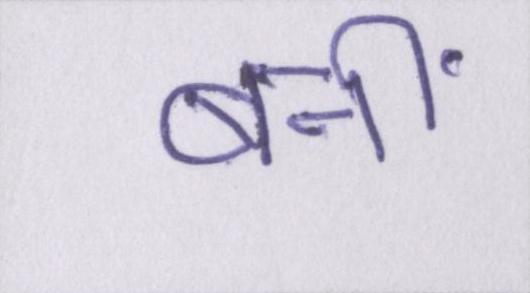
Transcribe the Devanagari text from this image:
बनीं